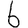
Digit: 6